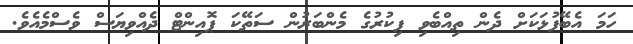
ހަމަ އެބޭފުޅަކަށް ދެން ތިއްބެވި ފިކުރުގެ މެންބަރުން ސަތޭކަ ޕޮއިންޓް ދެއްވިޔަސް ވެސްމެއެވެ.